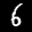
Label: 6